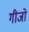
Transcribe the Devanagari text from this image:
गीजो